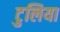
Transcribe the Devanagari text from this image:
टुलिया